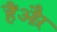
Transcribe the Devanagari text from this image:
हैंऔऱ